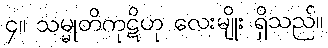
၄။ သမ္မုတိကုဋိဟု လေးမျိုး ရှိသည်။